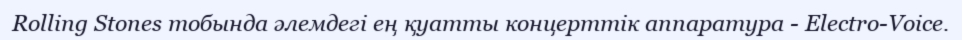
Rolling Stones тобында әлемдегі ең қуатты концерттік аппаратура - Electro-Voice.